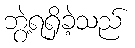
ဘွဲ့ရရှိခဲ့သည်